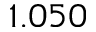
1 . 0 5 0